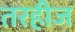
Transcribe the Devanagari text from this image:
तरहीज